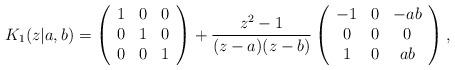
LaTeX: \begin{align*}K_1(z|a,b)= \left(\begin{array}{ccc}1 & 0 & 0\\ 0 & 1 & 0\\ 0 & 0 & 1\end{array}\right) +\frac{z^2-1}{(z- a)(z- b) }\left(\begin{array}{ccc}-1 & 0 & - ab\\0 & 0 & 0\\ 1 & 0 & ab\end{array}\right), \end{align*}